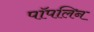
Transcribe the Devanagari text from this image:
पॉपलिन